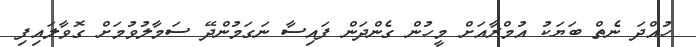
ހުއްދަ ނެތް ބަޔަކު އުމްރާއަށް މީހުން ގެންދަން ފައިސާ ނަގަމުންދޭ ސަމާލުވުމަށް ގޮވާލައިފި